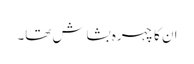
ان کا چہرہ بشاش تھا۔